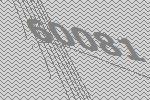
60081